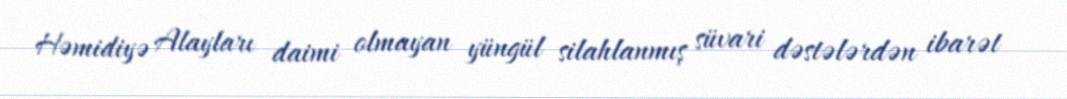
Həmidiyə Alayları daimi olmayan yüngül silahlanmış süvari dəstələrdən ibarət